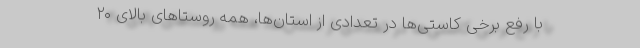
با رفع برخی کاستی‌ها در تعدادی از استان‌ها، همه روستاهای بالای ۲۰